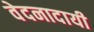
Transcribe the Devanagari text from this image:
वेदनादायी